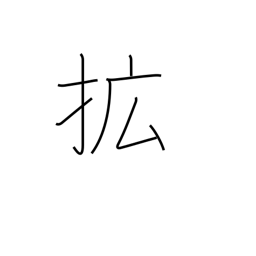
Meaning: extend